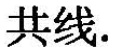
共线.